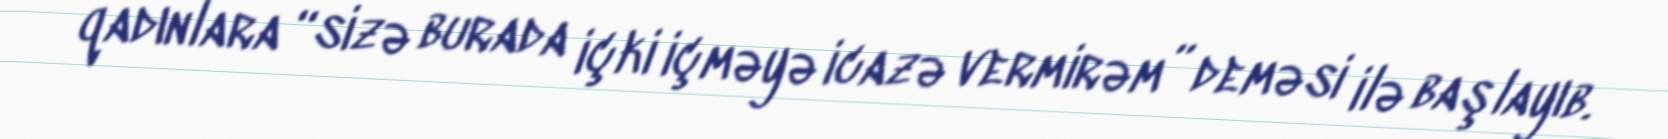
qadınlara “sizə burada içki içməyə icazə vermirəm” deməsi ilə başlayıb.